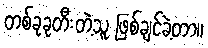
တစ်ခုခုတီးတဲ့သူ ဖြစ်ချင်ခဲ့တာ။